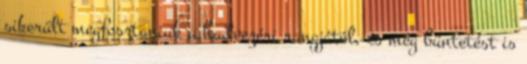
sikerült megfosztaniuk a hadvezéri rangjától, és még büntetést is